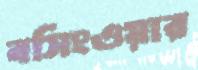
বসিংওয়ার